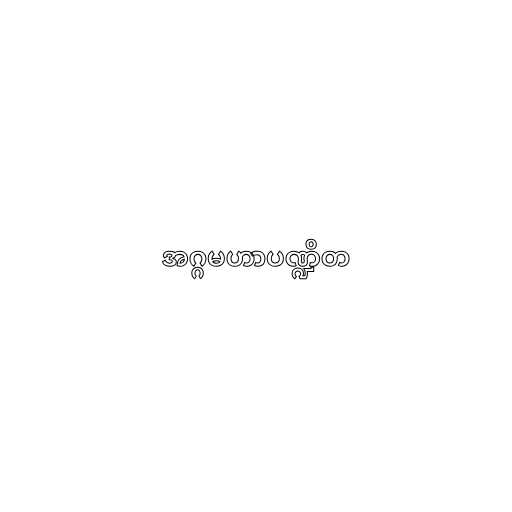
အဂ္ဂမဟာပဏ္ဍိတ